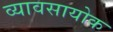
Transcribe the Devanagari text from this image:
व्यावसायोक